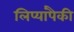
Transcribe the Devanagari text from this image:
लिप्यांपैकी